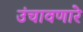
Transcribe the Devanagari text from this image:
उंचावणारे